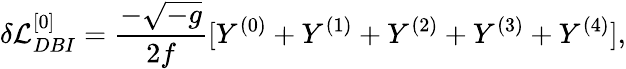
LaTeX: \delta{\cal L}_{DBI}^{[0]}=\frac{-\sqrt{-g}}{2f}[Y^{(0)}+Y^{(1)}+Y^{(2)}+Y^{(3)}+Y^{(4)}],